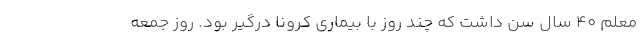
معلم ۴۰ سال سن داشت که چند روز با بیماری کرونا درگیر بود. روز جمعه